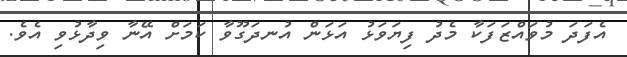
އެފަދަ މުވައްޒަފަކާ މެދު ފިޔަވަޅު އަޅަން އުނދަގޫވާ ކަމަށް އޭނާ ވިދާޅުވި އެވެ.